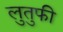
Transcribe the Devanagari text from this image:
लुतुफी